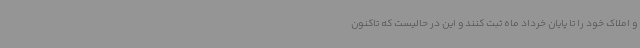
و املاک خود را تا پایان خرداد ماه ثبت کنند و این در حالیست که تاکنون